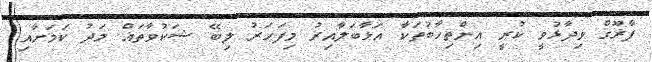
ފާރޫގް ވިދާޅުވީ ކުރީ އިންތިހާބުތަކާ އަޅާބަލާއިރު މިފަހަރު ލިބޭ ޝަކުވާތައް މަދު ކަމަށާއި